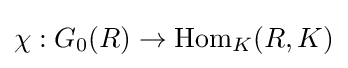
\chi :G_{0}(R)\to \mathrm {Hom} _{K}(R,K)